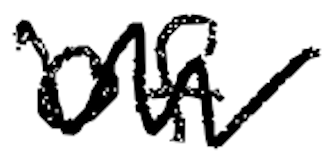
Text: of
Cross-out: zig-zag
Writing tool: digital_black